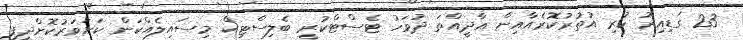
23 ގަޑިއިރު ކުރި އުތުރުކޮރެއާއިން އާދީއްތަ ދުވަހު ޓެސްޓްކުރީ ބެލިސްޓިކް މިސައިލެއްކަން ކަށަވަރުކޮށްދީފި